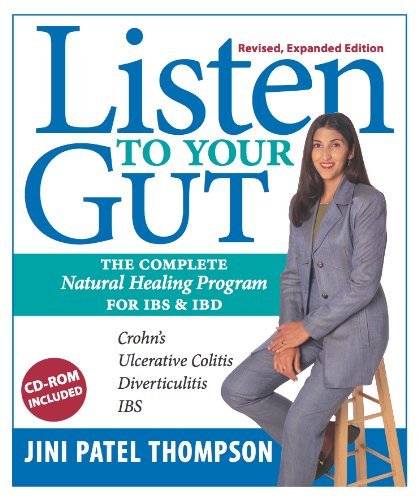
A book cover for Listen to Your Gut: Natural Healing and Dealing with Inflammatory Bowel Disease and Irritable Bowel Syndrome Crohn's Ulcerative Colitis Diverticulosis IBS; Jini Patel Thompson; Health, Fitness & Dieting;